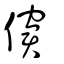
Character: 僒